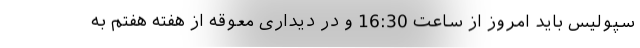
سپولیس باید امروز از ساعت 16:30 و در دیداری معوقه از هفته هفتم به